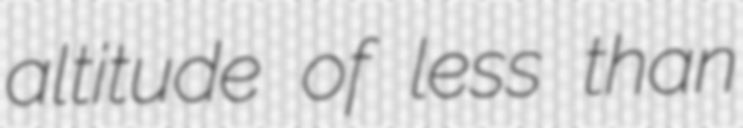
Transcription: altitude of less than